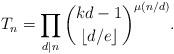
LaTeX: \begin{align*}T_n=\prod_{d\mid n}\binom{kd-1}{\lfloor d/e\rfloor}^{\mu(n/d)}.\end{align*}